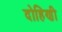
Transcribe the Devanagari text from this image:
दोहिणी